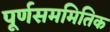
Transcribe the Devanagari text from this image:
पूर्णसममितिक